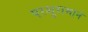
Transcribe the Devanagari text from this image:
परशुरामानें